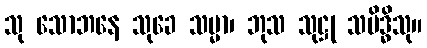
သု သောဘနေ သုခေ သမ္မာ၊ ဘုသ သုဋ္ဌု သမိဒ္ဓိသု။